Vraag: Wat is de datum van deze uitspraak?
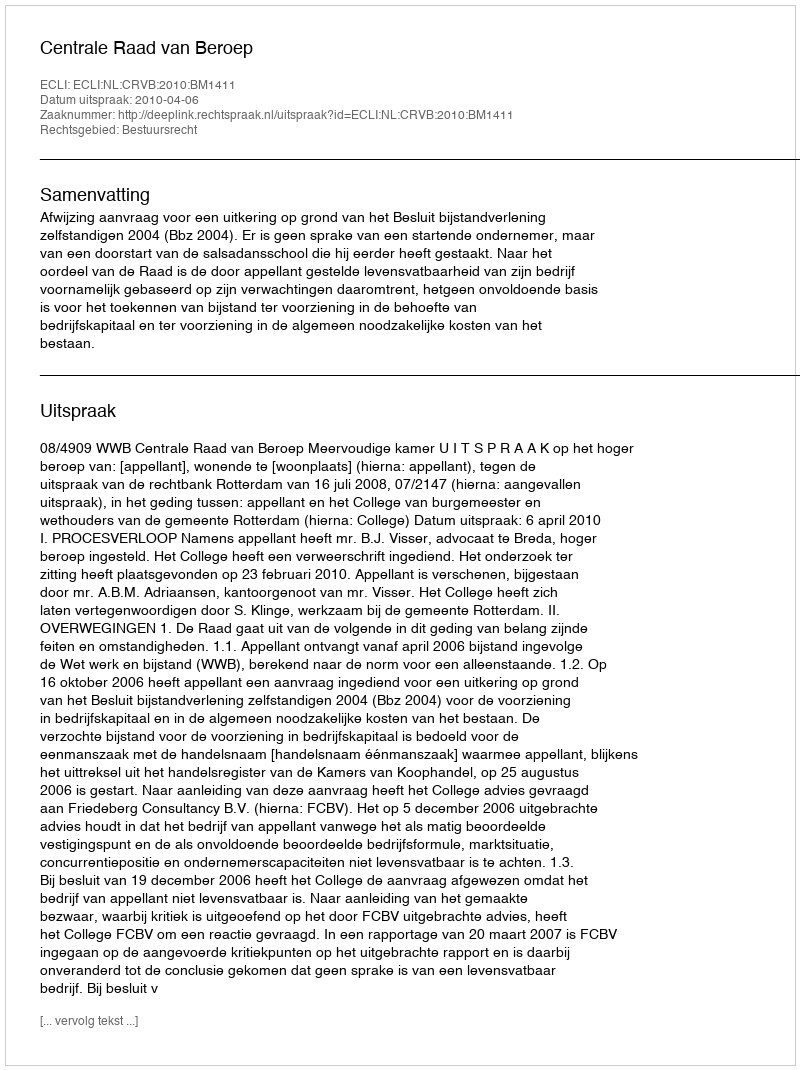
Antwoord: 2010-04-06